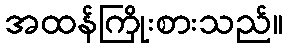
အထန်ကြိုးစားသည်။